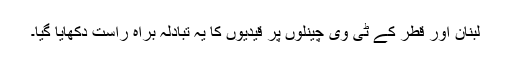
لبنان اور قطر کے ٹی وی چینلوں پر قیدیوں کا یہ تبادلہ براہ راست دکھایا گیا۔